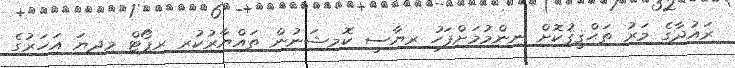
ރައުދާގެ މަރު ތަޙްޤީޤުކޮށް ނިންމުމަށްފަހު ރިޔާސީ ކޮމިޝަނުން ތައްޔާރުކުރި ރިޕޯޓް މިދިޔަ އަހަރުގެ